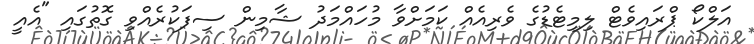
އަލްކޯ ޕްރައިވެޓް ލިމިޓެޑުގެ ވެރިއެއް ކަމަށްވާ މުހައްމަދު ޝާމިން ސިފަކުރެއްވި ގޮތުގައި "އެއީ